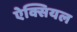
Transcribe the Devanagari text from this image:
ऐक्सियल